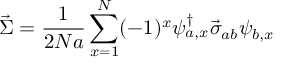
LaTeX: \vec { \Sigma } = \frac { 1 } { 2 N a } \sum _ { x = 1 } ^ { N } ( - 1 ) ^ { x } \psi _ { a , x } ^ { \dagger } \vec { \sigma } _ { a b } \psi _ { b , x }